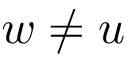
w \ne u